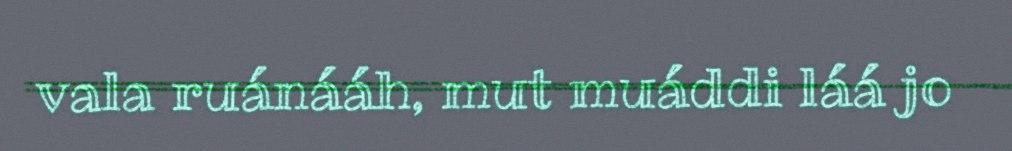
vala ruánááh, mut muáddi láá jo